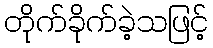
တိုက်ခိုက်ခဲ့သဖြင့်